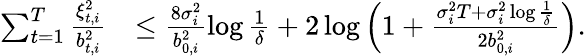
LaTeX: \begin{array}{rl}{\sum_{t=1}^{T}\frac{\xi_{t,i}^{2}}{b_{t,i}^{2}}}&{\leq\frac{8\sigma_{i}^{2}}{b_{0,i}^{2}}\log\frac{1}{\delta}+2\log\left(1+\frac{\sigma_{i}^{2}T+\sigma_{i}^{2}\log\frac{1}{\delta}}{2b_{0,i}^{2}}\right).}\end{array}